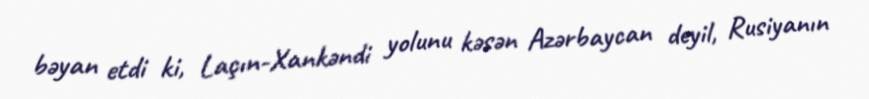
bəyan etdi ki, Laçın-Xankəndi yolunu kəsən Azərbaycan deyil, Rusiyanın